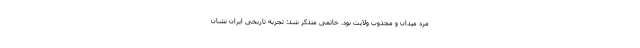
مرد میدان و مجذوب ولایت بود. خاتمی متذکر شد: تجربه تاریخی ایران نشان